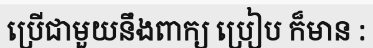
ប្រើជាមួយនឹងពាក្យ ប្រៀប ក៏មាន :